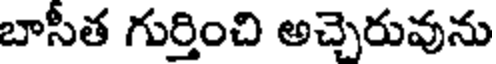
బాసీత గుర్తించి అచ్చెరువును